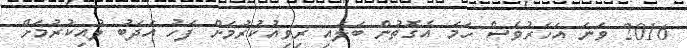
2016 ވަނަ އަހަރުވެސް ހަމަ އެގޮތުން ބަލައި ރިވިއުކުރުމަށް ފަހު އަދަބު ލުއިކުރުމަށް